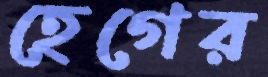
হেগের